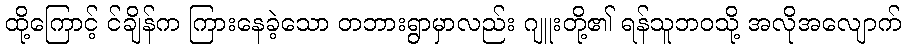
ထို့ကြောင့် င်ချိန်က ကြားနေခဲ့သော တဘားရွာမှာလည်း ဂျူးတို့၏ ရန်သူဘဝသို့ အလိုအလျောက်